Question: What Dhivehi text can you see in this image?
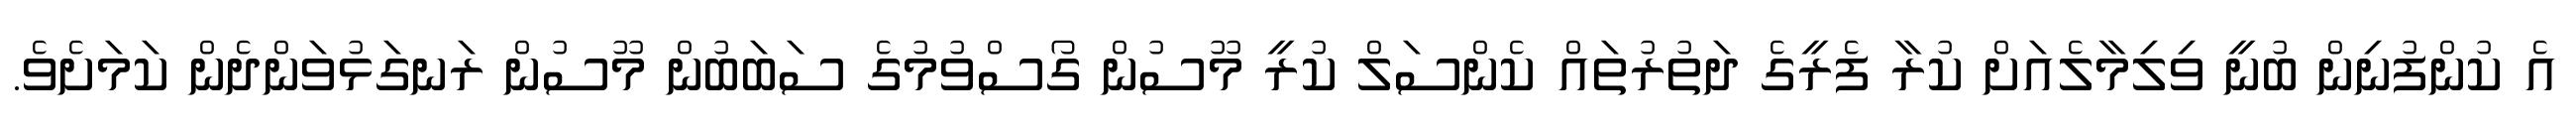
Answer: އެ ކުންފުނިން ބުނީ ވިލިމާލެއަށް ކުރާ ފެރީގެ ދަތުރުތައް ކެންސަލް ކުރީ މޫސުން ގޯސްވުމުގެ ސަބަބުން މޫސުން ރަނގަޅުވަންދެން ކަމަށެވެ.